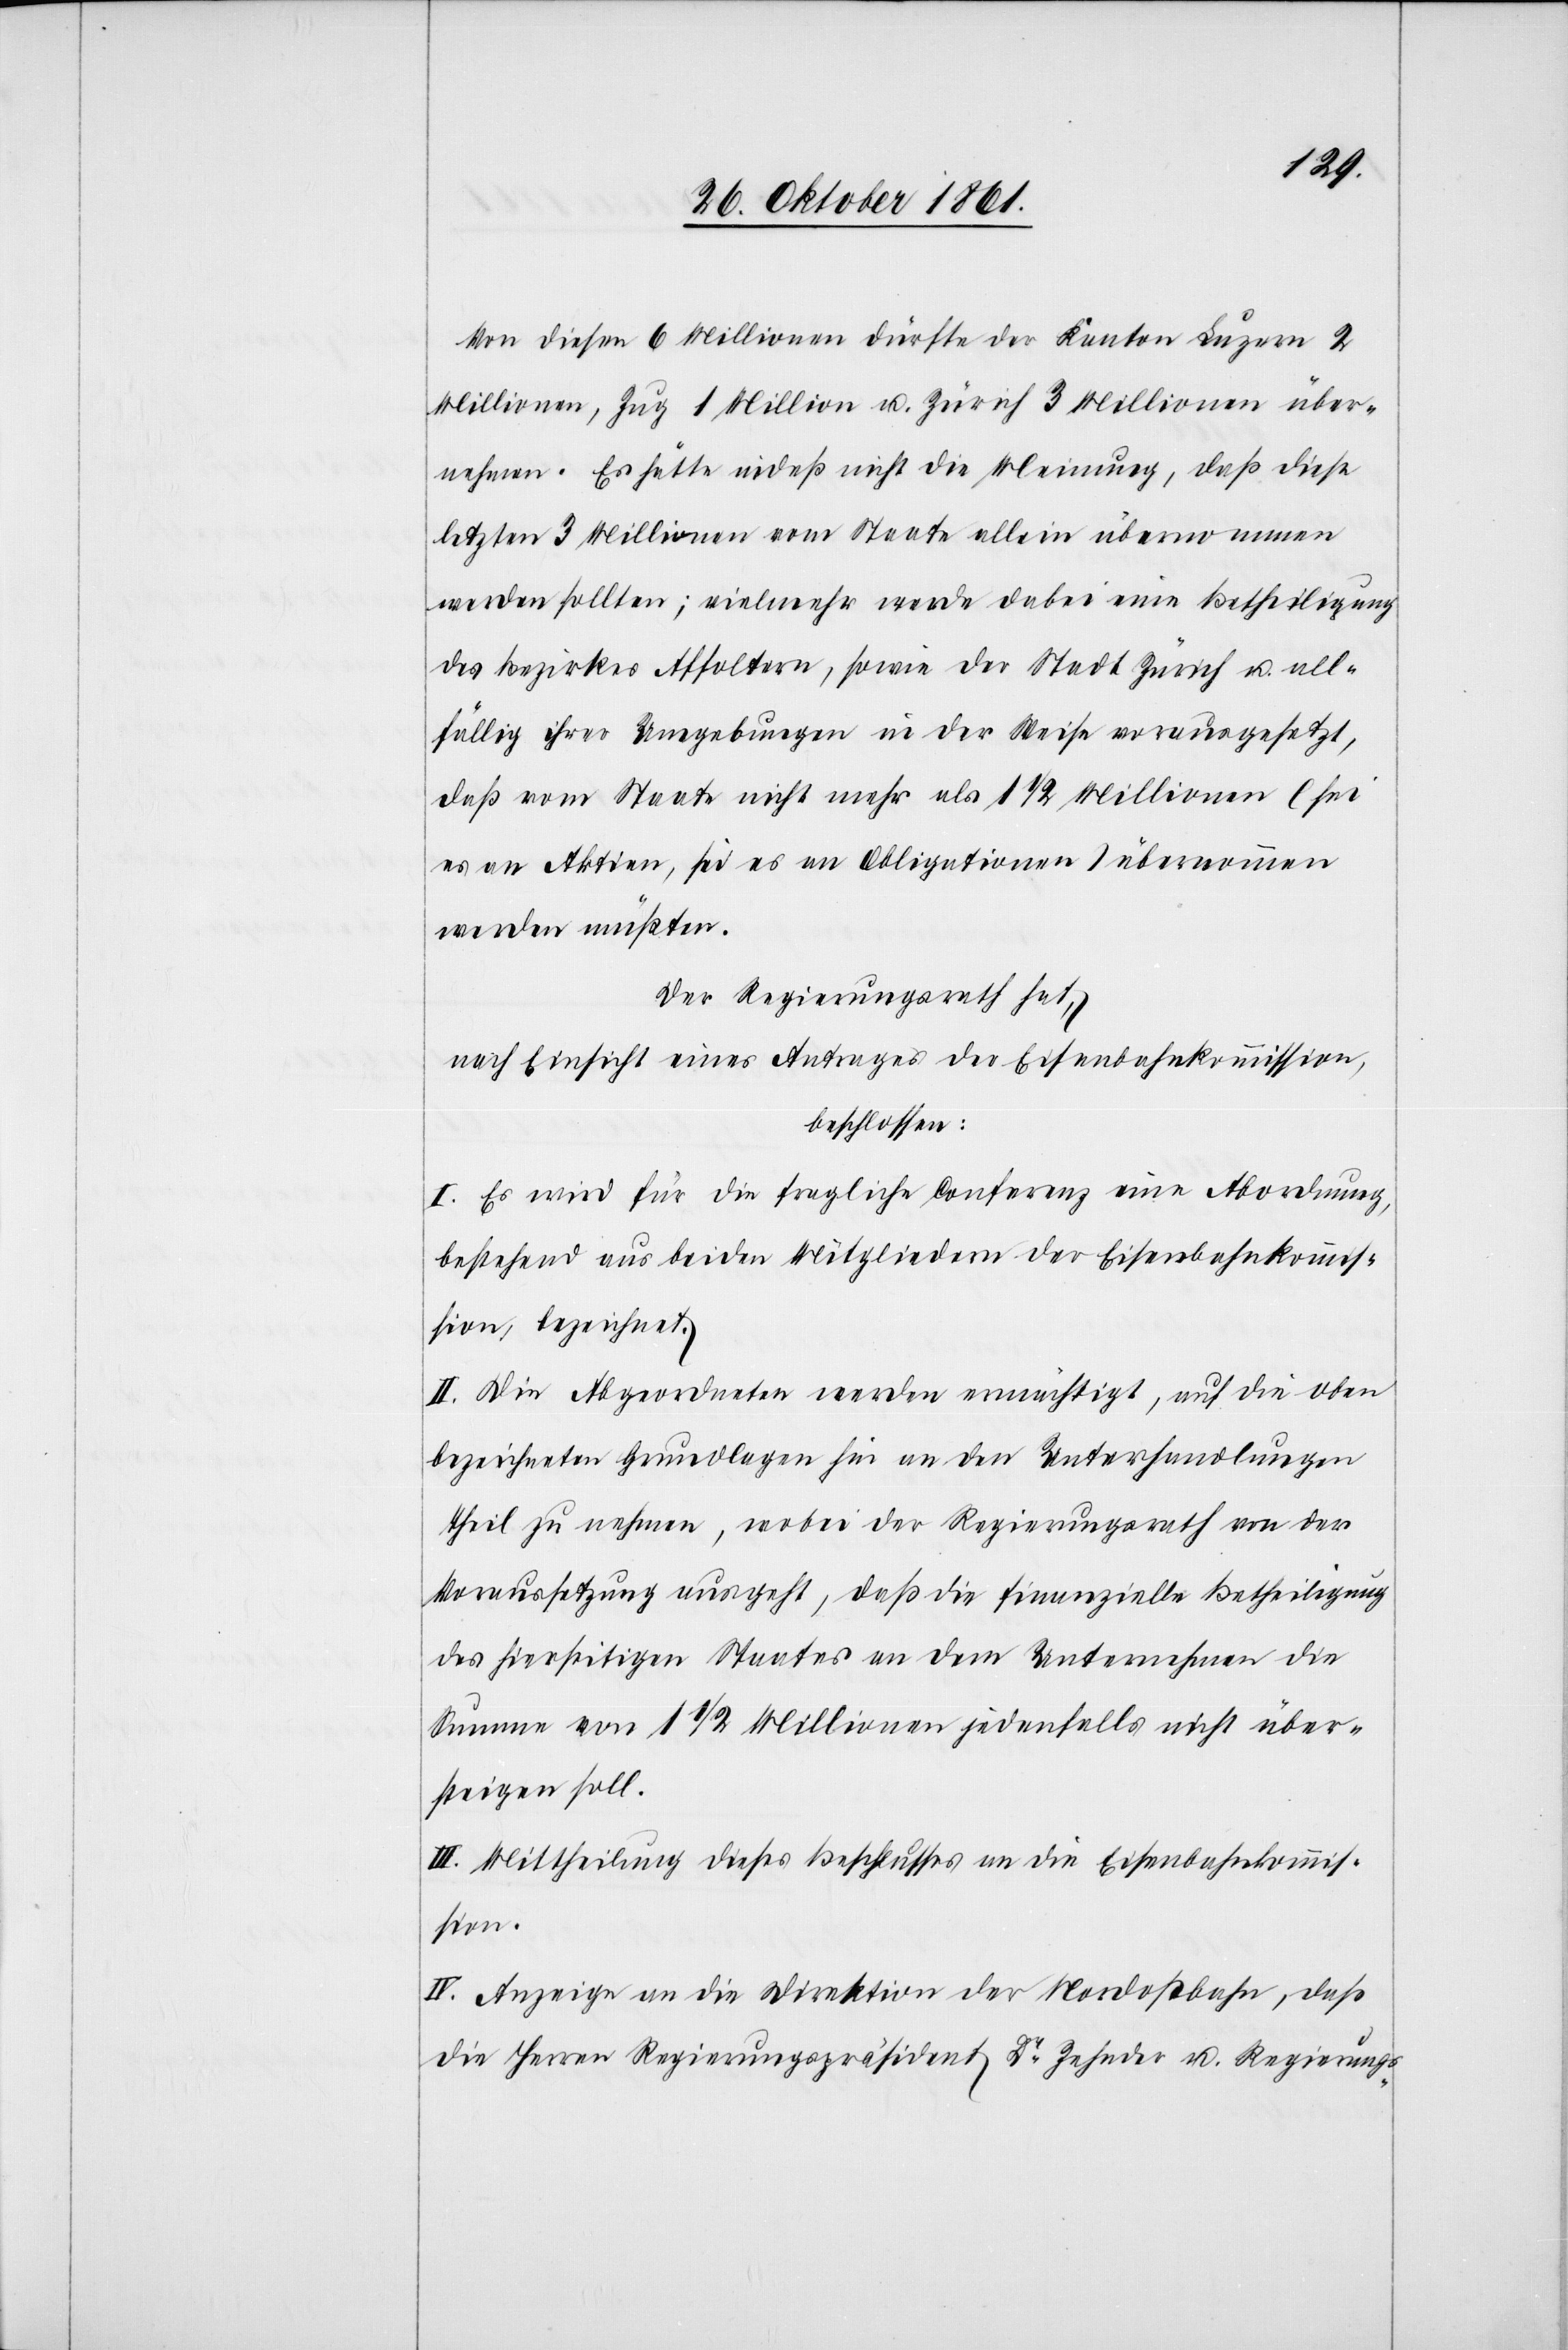
Von diesen 6 Millionen dürfte der Kanton Luzern 2
Millionen, Zug 1 Million u. Zürich 3 Millionen über¬
nehmen. Es hätte indeß nicht die Meinung, daß diese
letzten 3 Millionen vom Staate allein übernommen
werden sollten, vielmehr werde dabei eine Betheiligung
des Bezirkes Affoltern, sowie der Stadt Zürich u. all¬
fällig ihrer Umgebungen in der Weise vorausgesetzt,
daß vom Staate nicht mehr als 1 1/2 Millionen (sei
es an Aktien, sei es an Obligationen) übernommen
werden müßten.
Der Regierungsrath hat,
nach Einsicht eines Antrages der Eisenbahnkommission,
beschlossen:
I. Es wird für die fragliche Conferenz eine Abordnung,
bestehend aus beiden Mitgliedern der Eisenbahnkommis¬
sion, bezeichnet.
II. Die Abgeordneten werden ermächtigt, auf die oben
bezeichneten Grundlagen hin an den Unterhandlungen
theil zu nehmen, wobei der Regierungsrath von der
Voraussetzung ausgeht, daß die finanzielle Betheiligung
des hierseitigen Staates an dem Unternehmen die
Summe von 1 1/2 Millionen jedenfalls nicht über¬
steigen soll.
III. Mittheilung dieses Beschlusses an die Eisenbahnkommis¬
sion.
IV. Anzeige an die Direktion der Nordostbahn, daß
die Herren Regierungspräsident Dr Zehnder u. Regierungs-